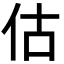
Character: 估